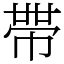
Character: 𭘧